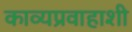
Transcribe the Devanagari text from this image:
काव्यप्रवाहाशी